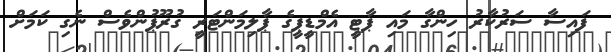
ފައިސާ ސަރުކާރު ހިންގާ މައި ޕާޓީ އެމްޑީޕީގެ ޕާލިމަންޓަރީ ގުރޫޕުންވެސް ނެގި ކަމަށް